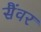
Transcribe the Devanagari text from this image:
सैंवर